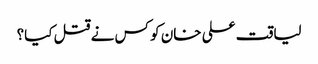
لیاقت علی خان کو کس نے قتل کیا؟